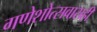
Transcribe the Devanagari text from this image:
गणेशोत्सवासही